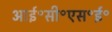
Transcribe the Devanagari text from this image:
आई॰सी॰एस॰ई॰